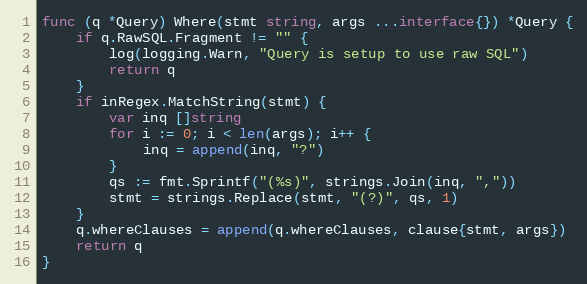
Language: Go
func (q *Query) Where(stmt string, args ...interface{}) *Query {
	if q.RawSQL.Fragment != "" {
		log(logging.Warn, "Query is setup to use raw SQL")
		return q
	}
	if inRegex.MatchString(stmt) {
		var inq []string
		for i := 0; i < len(args); i++ {
			inq = append(inq, "?")
		}
		qs := fmt.Sprintf("(%s)", strings.Join(inq, ","))
		stmt = strings.Replace(stmt, "(?)", qs, 1)
	}
	q.whereClauses = append(q.whereClauses, clause{stmt, args})
	return q
}